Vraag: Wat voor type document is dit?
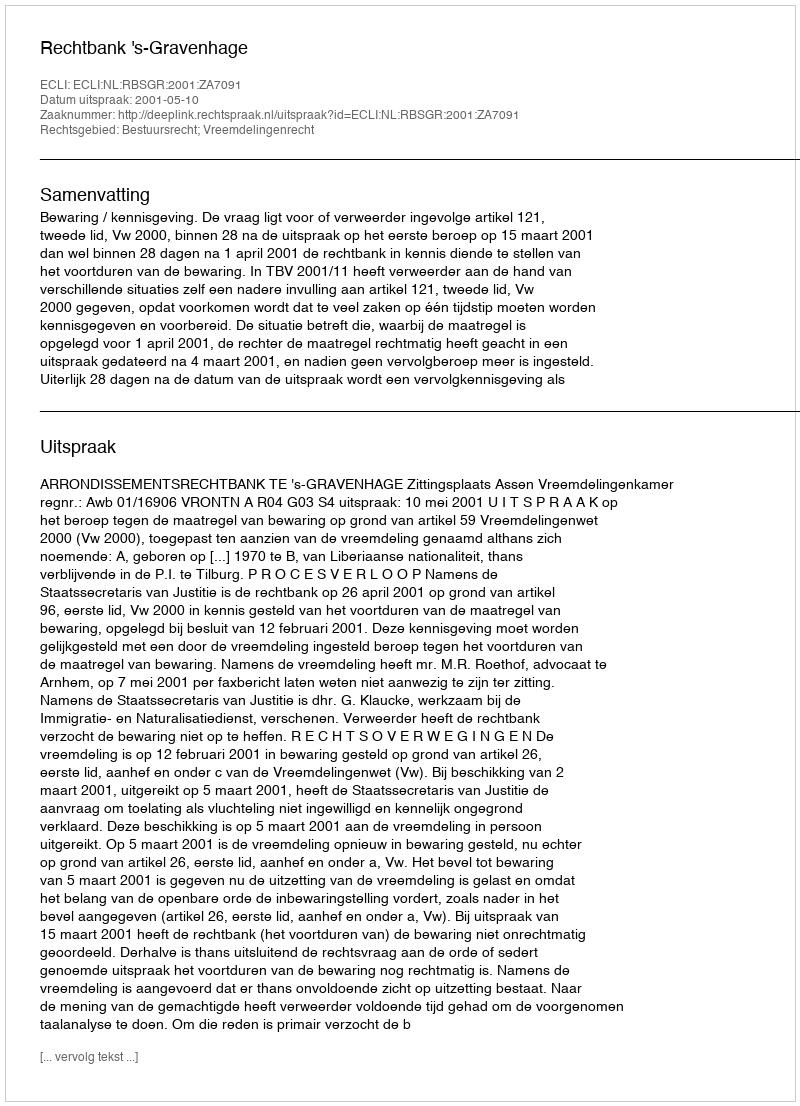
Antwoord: Uitspraak